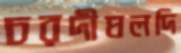
চরদীঘলদি